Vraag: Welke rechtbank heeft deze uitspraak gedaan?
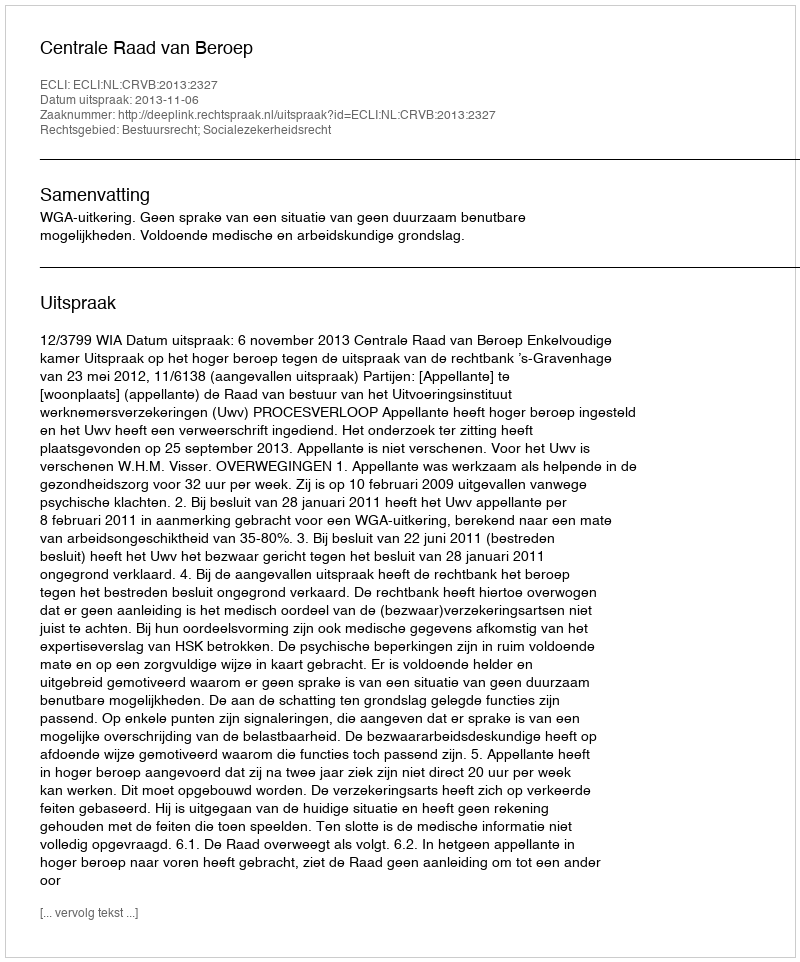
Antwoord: Centrale Raad van Beroep